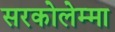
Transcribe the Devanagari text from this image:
सरकोलेम्मा